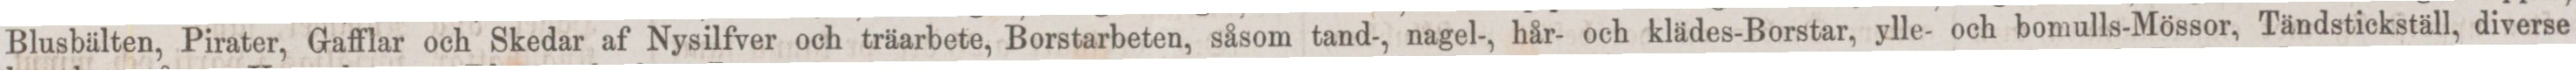
Blusbälten, Pirater, Gafflar och Skedar af Nysilfver och träarbete, Borstarbeten, såsom tand-, nagel-, hår- och klädes-Borstar, ylle- och bomulls-Mössor, Tändstickställ, diverse